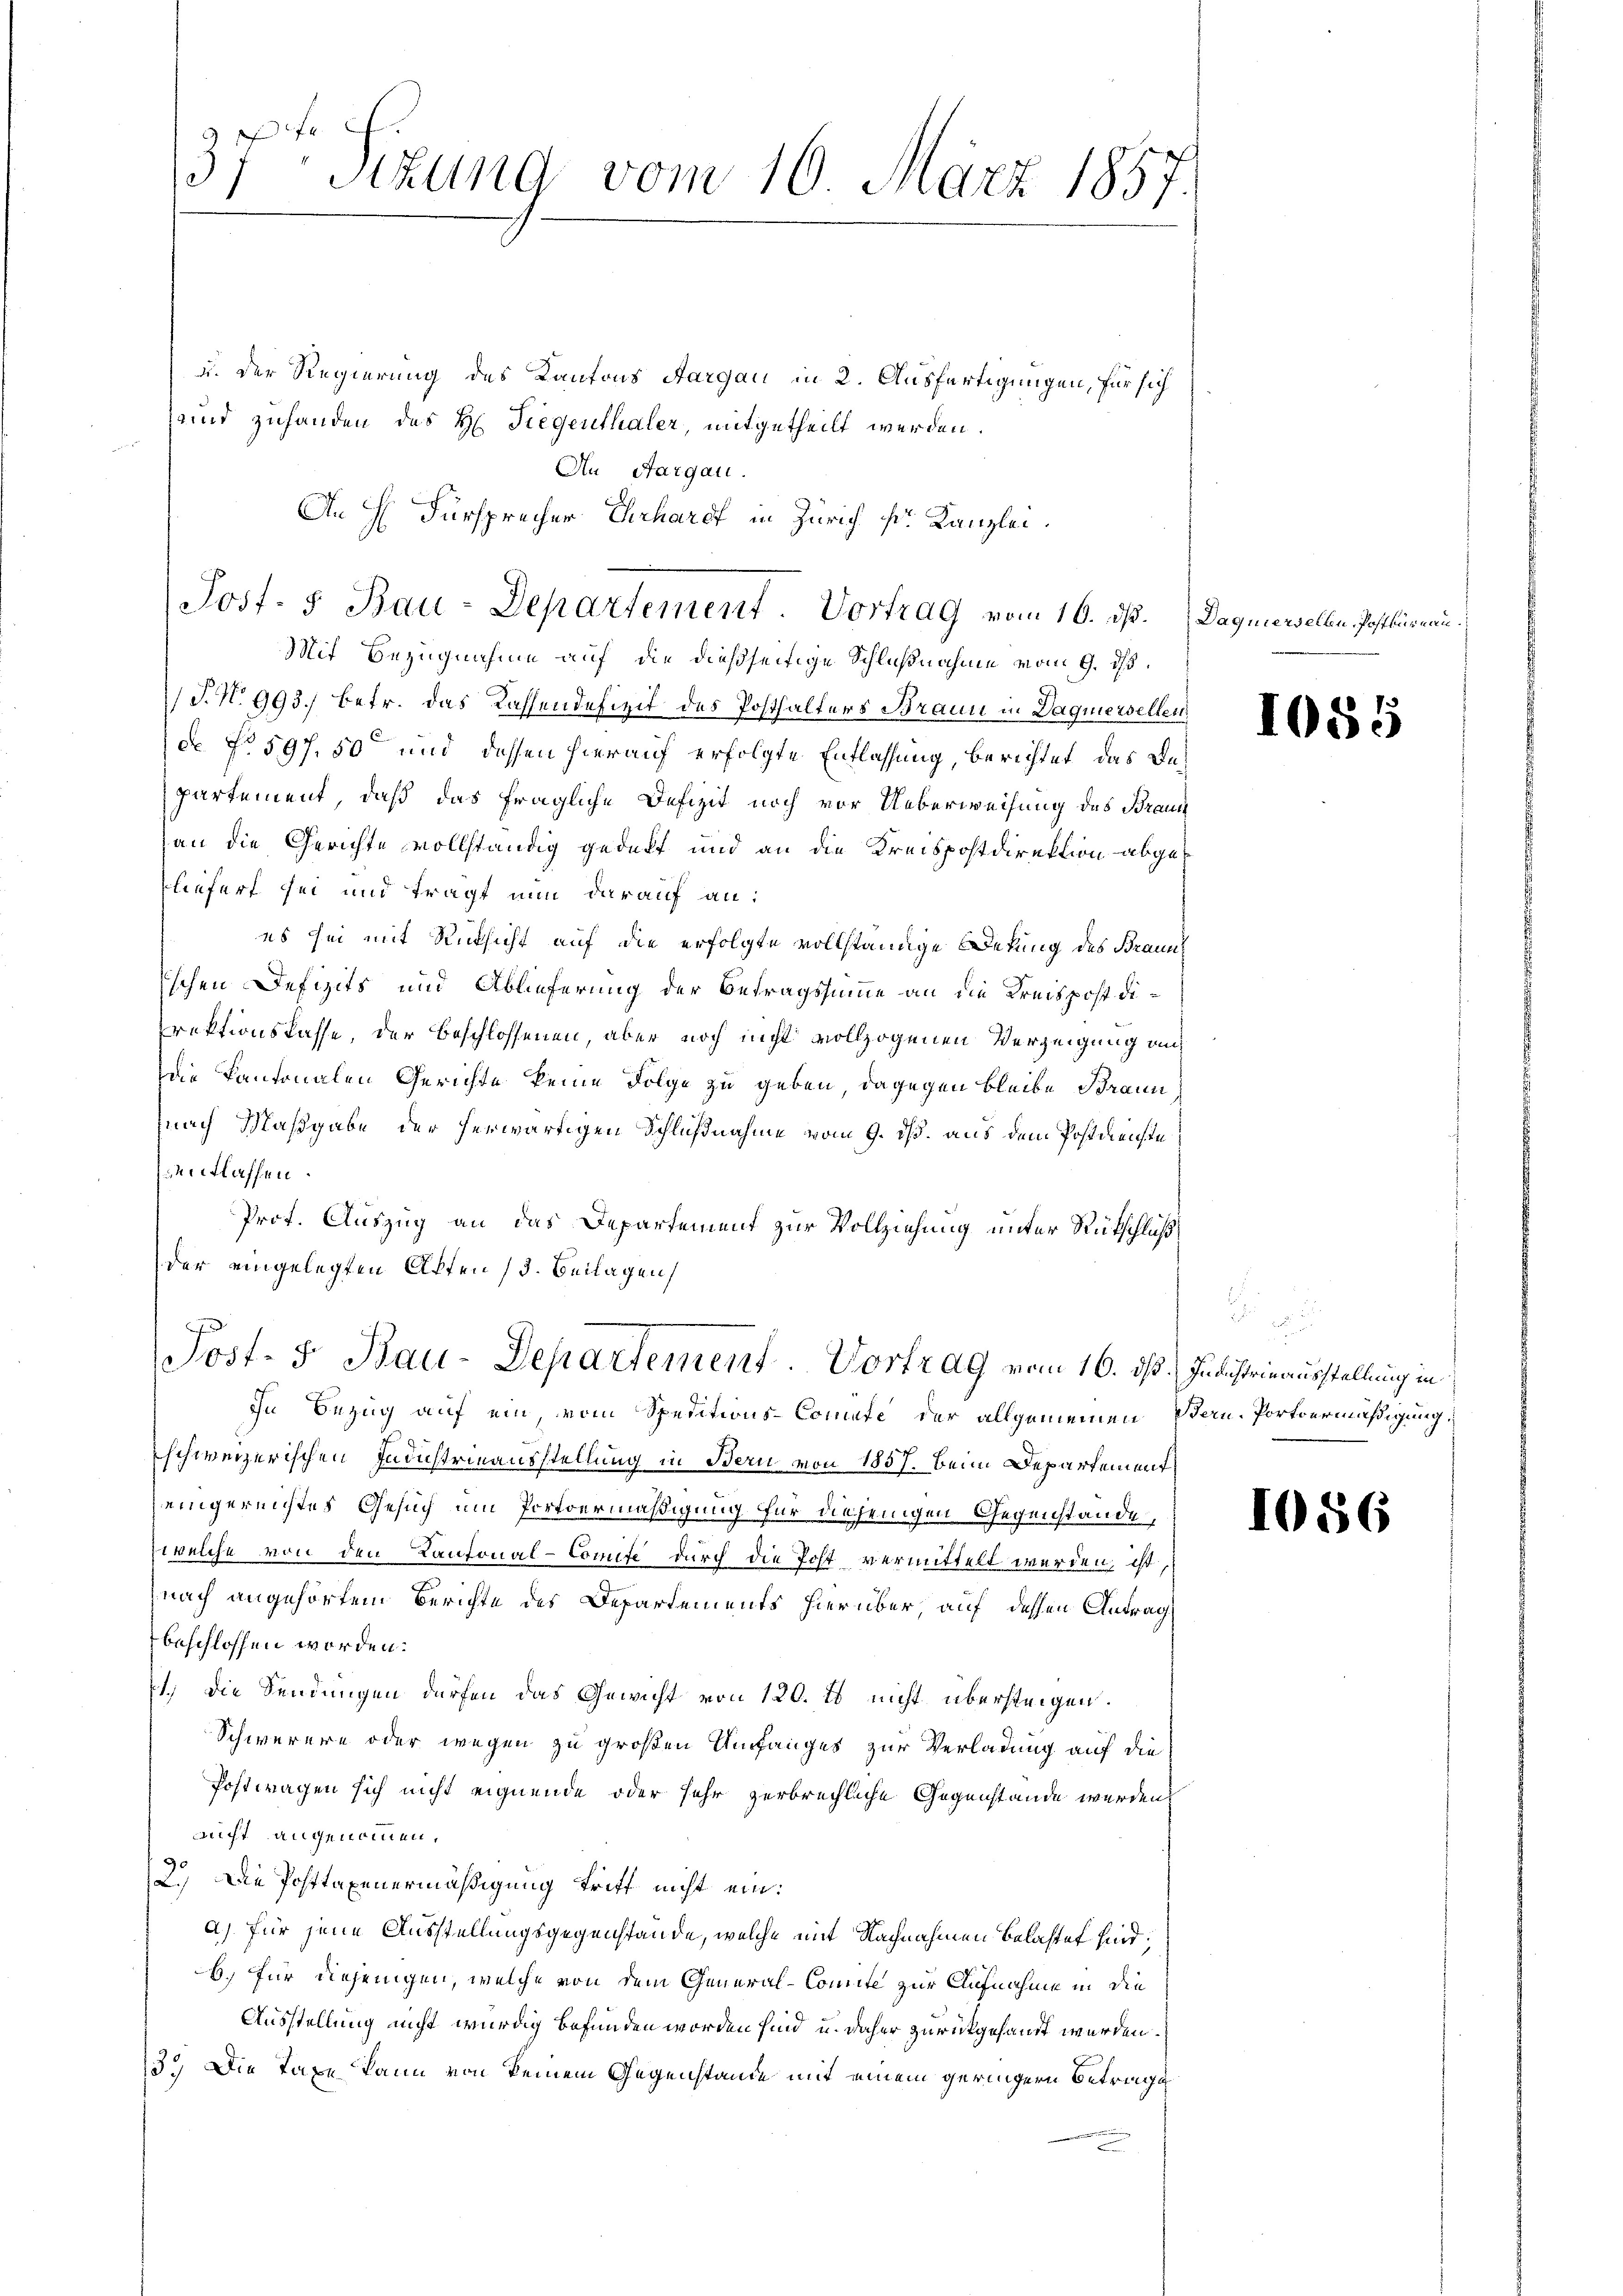
37ten Sizung vom 10. März 1857.

u. Der Regierung des Kantons Aargau in 2. Ausfertigungen, für sich
und zufanden des H: Siegenthaler, mitgetheilt werden.
An Aargau.
An H. Fürsprecher Ehrhardt in Zürich Dr. Kanzlei.

Jost- 5 Bau-Departement. Vortrag vom 16. ds. Daguierselben Postbüreau

Mit Bezugnahme auf die dießseitige Schlußnahme vom 9. ds.
(S.N. 993, betr. das Kassendefizit des Posthalters Braun in Daquiersellen
de No 597. 50 und dessen hierauf erfolgte Entlassung, berichtet, das Dapartement, daß das fragliche Defizit noch vor Ueberweisung des Braun
an die Gerichte vollständig gedeckt und an die Kreispostdirektion abgeliefert sei und tragt nun darauf an:
es sei mit Rücksicht auf die erfolgte vollständige Dekung des Braunsschen Defizits und Ablieferung der Betragssumme an die Kreispostdirektionskasse, der Beschlossenen, aber noch nicht vollzogenen Verzeigung auf
die Kantonalen Gerichte keine Folge zu geben, dagegen bleibe Braun
nach Maßgabe der herwärtigen Schlußnahme vom 9. ds. aus dem Postdienste
entlassen.
Prot. Auszug an das Departement zur Vollziehung unter Rückschluß
der eingelegten Affen (3. Beilagen,
In Bezug auf ein, vom Speditions-Commute, der allgemeinen Bern. Portvermäßigung
schweizerischen Industrinausstellung in Bern von 1857. beim Departement
eingereichtes Gesuch um Portoermäßigung für diejenigen Gegenstände,
welche von den Kantonal-Commise durch die Post vermittelt werden, ist,
nach angehörtem Berichte des Departements hierüber, auf dessen Antrag
beschlossen worden.
1.) Die Sendungen dürfen das Gewicht von 120. Es nicht übersteigen.
Schwerere oder wegen zu großen Umfanges zur Verladung auf die
Postwagen sich nicht eignende oder sehr zerbrechliche Gegenstande werden.
nucht angenommen.
2.) Die Posttaxenermäßigung triff nicht eina) für jene Ausstellungsgegenstände, welche mit Nachnahmen belastet sind;
b.) Für diejenigen, welche von dem General-Comite zur Aufnahme in die
Ausstellung nicht würdig befunden worden sind, u. daher zurückgesandt werden.
3.) Die Taxe kann von keinem Gegenstände mit einem geringern Betrage

F
Post- 5. Bau-Departement. Vortrag vom 16. ds. Indistrieausstellung in

1085

1056